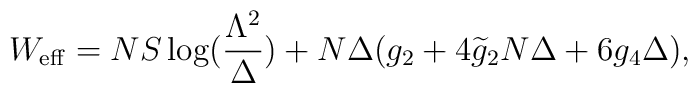
W_{\rm  eff}=NS\log(\frac{\Lambda^2}{\Delta})+N\Delta(g_2+4\widetilde{g}_2N\Delta+6g_4\Delta),